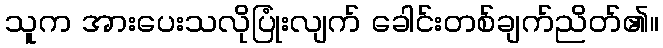
သူက အားပေးသလိုပြုံးလျက် ခေါင်းတစ်ချက်ညိတ်၏။